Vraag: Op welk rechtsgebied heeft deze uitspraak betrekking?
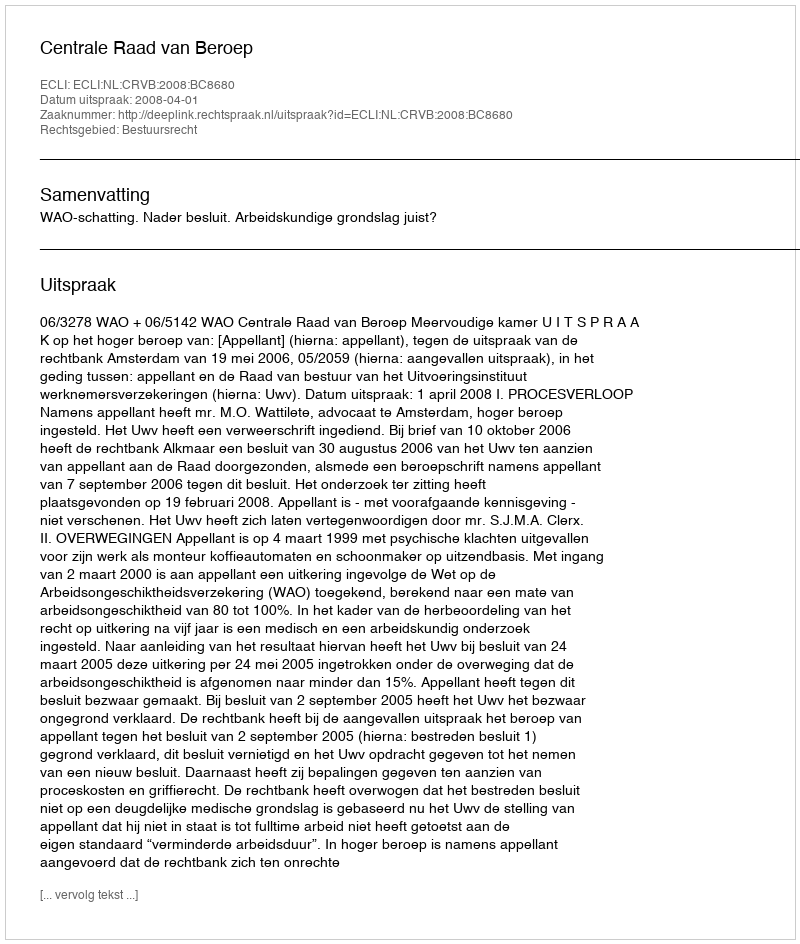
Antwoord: Bestuursrecht